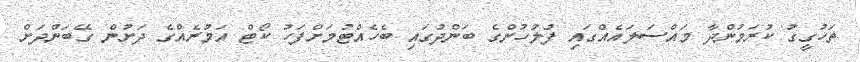
ތަހުގީގު ކުރަމުންދާ މައްސަލައެއްގައި ފުލުހުންގެ ބަންދުގައި ބެހެއްޓުމަށްފަހު ކޯޓް އަމުރެއްގެ ދަށުން ގޭބަންދަށް